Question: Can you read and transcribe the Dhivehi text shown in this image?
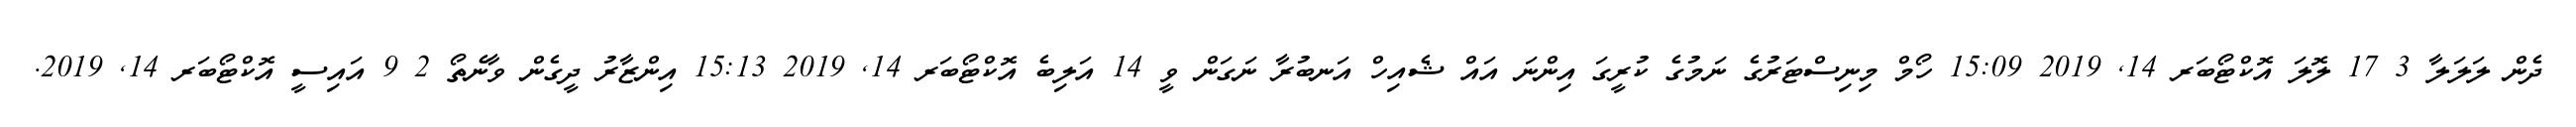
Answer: ދެން ލަލަލާ 3 17 ލޮލަ އޮކްޓޯބަރ 14, 2019 15:09 ހޯމް މިނިސްޓަރުގެ ނަމުގެ ކުރީގަ އިންނަ އައް ޝެއިހް އަނބުރާ ނަގަން ވީ 14 އަލިބެ އޮކްޓޯބަރ 14, 2019 15:13 އިންޒާރު ދީގެން ވާނެތޯ 2 9 އައިސީ އޮކްޓޯބަރ 14, 2019.